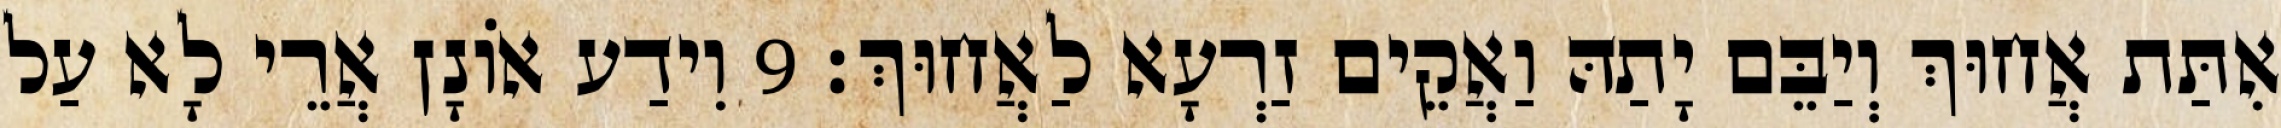
אִתַּת אֲחוּךְ וְיַבֵּם יָתַהּ וַאֲקֵים זַרְעָא לַאֲחוּךְ׃ 9 וִידַע אוֹנָן אֲרֵי לָא עַל